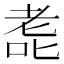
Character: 𫅳